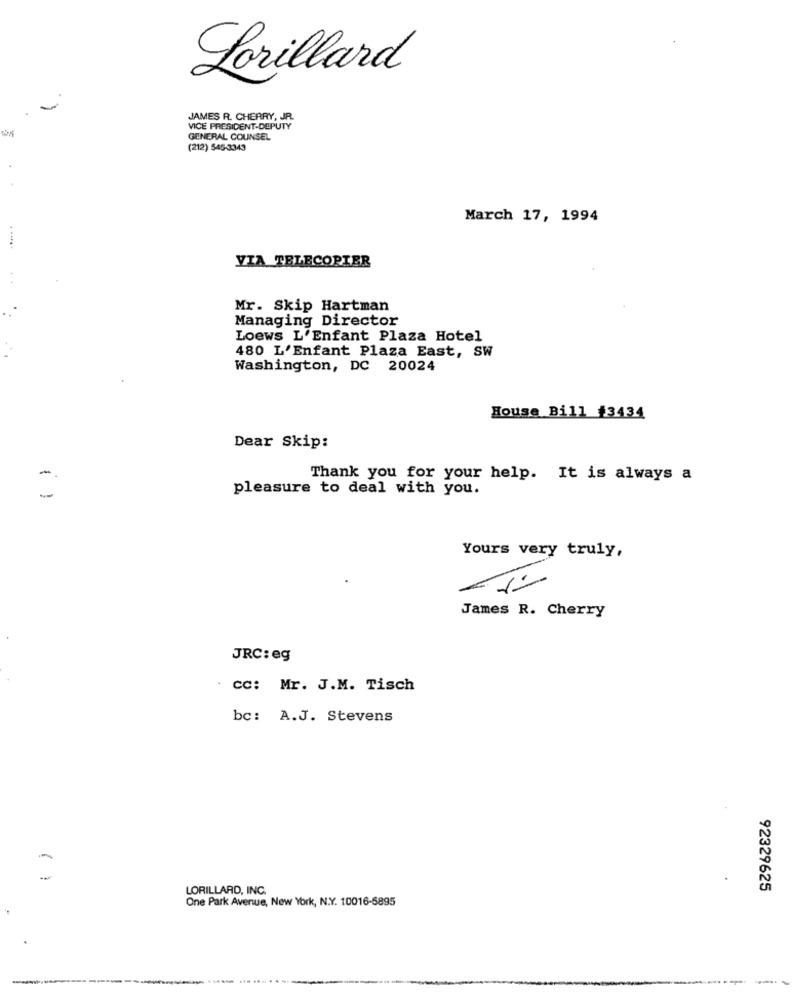
Lorillard
JAMES R. CHERRY, JR.
VICE PRESIDENT-DEPUTY
GENERAL COUNSEL
(212) 545-3343
March 17, 1994
VIA TELECOPIER
Mr. Skip Hartman
Managing Director
Loews L'Enfant Plaza Hotel
480 L'Enfant Plaza East, SW
Washington, DC 20024
House Bill #3434
Dear Skip:
-
Thank you for your help. It is always a
pleasure to deal with you.
Yours very truly,
James R. Cherry
JRC: eg
cc: Mr. J.M. Tisch
bc: A.J. Stevens
( )
LORILLARD, INC.
92329625
One Park Avenue, New York, N.Y. 10016-5895